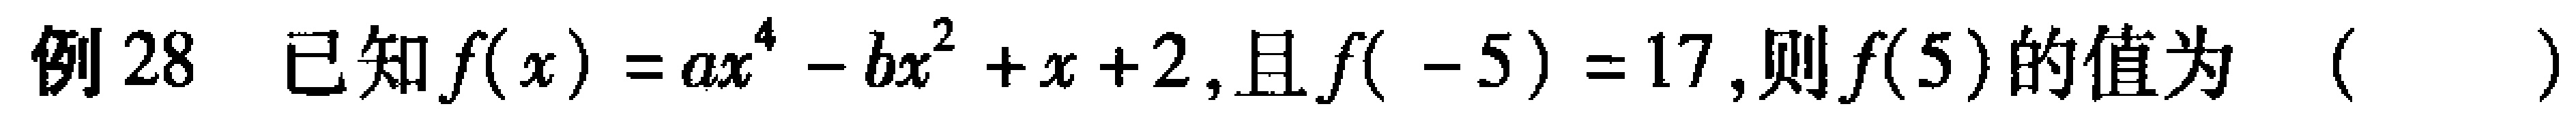
例28 已知\(f(x)=ax^{4}-bx^{2}+x + 2\),且\(f(-5)=17\),则\(f(5)\)的值为（  ）